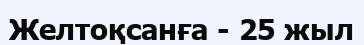
Желтоқсанға - 25 жыл